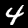
Label: 4